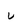
Character: V